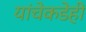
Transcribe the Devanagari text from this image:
यांचेकडेही